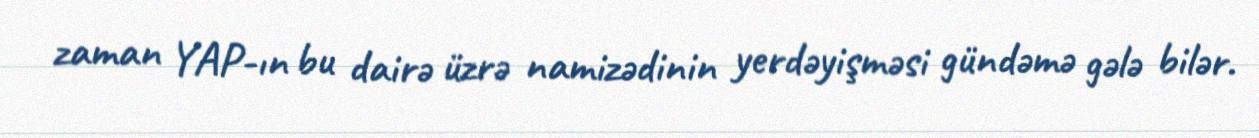
zaman YAP-ın bu dairə üzrə namizədinin yerdəyişməsi gündəmə gələ bilər.